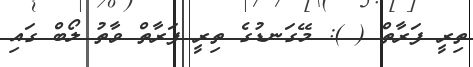
ތިރީ ފަރާތް ( ): މޭގަނޑުގެ ތިރީ ފަރާތް ވާތު ލޯބް ގައި